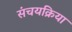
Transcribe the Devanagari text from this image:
संचयक्रिया